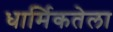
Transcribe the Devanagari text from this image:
धार्मिकतेला